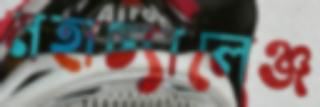
মহাচ্যালেঞ্জ